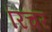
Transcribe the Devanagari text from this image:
रिचर